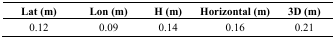
<table><thead><tr><td><b>Lat (m)</b></td><td><b>Lon (m)</b></td><td><b>H (m)</b></td><td><b>Horizontal (m)</b></td><td><b>3D (m)</b></td></tr></thead><tbody><tr><td>0.12</td><td>0.09</td><td>0.14</td><td>0.16</td><td>0.21</td></tr></tbody></table>